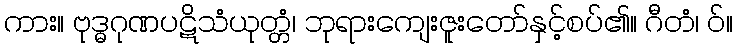
ကား။ ဗုဒ္ဓဂုဏပဋိသံယုတ္တံ၊ ဘုရားကျေးဇူးတော်နှင့်စပ်၏။ ဂီတံ၊ ဝ်။